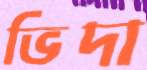
ভিদা